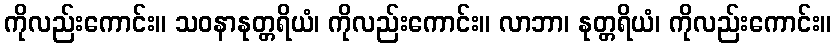
ကိုလည်းကောင်း။ သဝနာနုတ္တရိယံ၊ ကိုလည်းကောင်း။ လာဘာ၊ နုတ္တရိယံ၊ ကိုလည်းကောင်း။